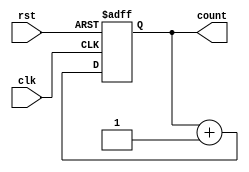
// 4 bit counter with Asynchronous reset
module counter(clk,rst,count);
   input clk,rst;
   output reg[3:0] count;

   always@(posedge clk or posedge rst)
       begin
          if(rst)
                count <=0;
          else
                count <= count+1;
       end
endmodule